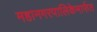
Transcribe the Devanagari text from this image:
महानगरपालिकेमार्फत